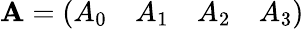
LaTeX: \mathbf{A}={\left(\begin{array}{llll}{A_{0}}&{A_{1}}&{A_{2}}&{A_{3}}\end{array}\right)}